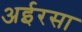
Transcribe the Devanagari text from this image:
अईरसा